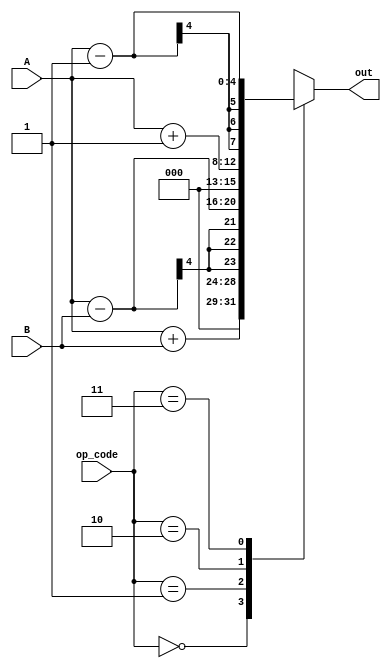
module alu4bit(A,B,op_code,out);
input[3:0]A,B;
input[1:0]op_code;
output reg [7:0]out;

always@(op_code,A,B)
begin
    case(op_code)
    2'b00:out<=(A+B);
    2'b01:out<=(A-B);
    2'b10:out<=(A+1);
    2'b11:out<=(A-1);
    default:out<=8'bZ;
    endcase
end

endmodule